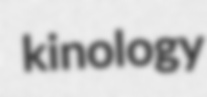
kinology